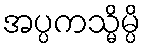
အပ္ပကသ္မိမ္ပိ